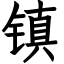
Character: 镇